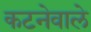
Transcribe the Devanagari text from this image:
कटनेवाले